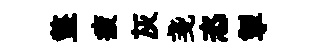
盩疲灰戔恣掣